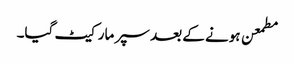
مطمعن ہونے کے بعد سپر مارکیٹ گیا۔